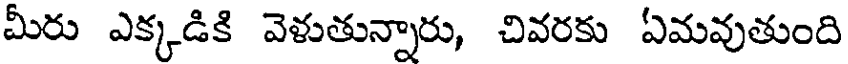
మీరు ఎక్కడికి వెళుతున్నారు, చివరకు ఏమవుతుంది